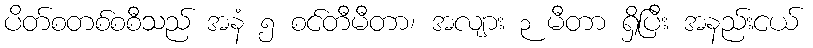
ပိတ်စတစ်စစီသည် အနံ ၅ စင်တီမီတာ၊ အလျား ၃ မီတာ ရှိပြီး အနည်းငယ်